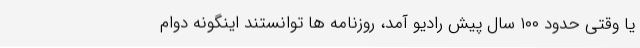
یا وقتی حدود ۱۰۰ سال پیش رادیو آمد، روزنامه ها توانستند اینگونه دوام